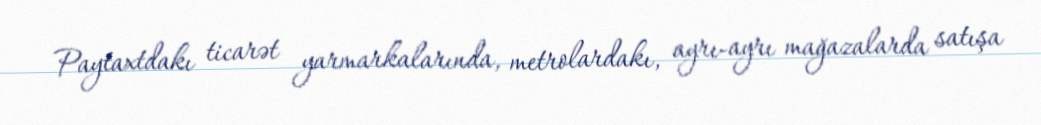
Paytaxtdakı ticarət yarmarkalarında, metrolardakı, ayrı-ayrı mağazalarda satışa